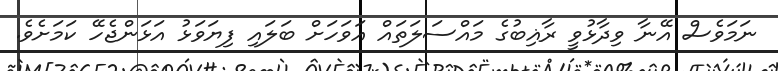
ނަމަވެސް އޭނާ ވިދާޅުވީ ރާޣިބުގެ މައްސަލަތައް އަވަހަށް ބަލައި ފިޔަވަޅު އަޅަންޖެހޭ ކަމަށެވެ.